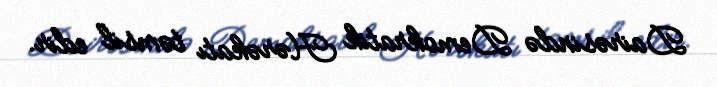
Dairəsində Demokratik Hərəkatı təmsil edir.